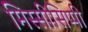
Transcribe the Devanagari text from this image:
मिस्सीसिप्पी